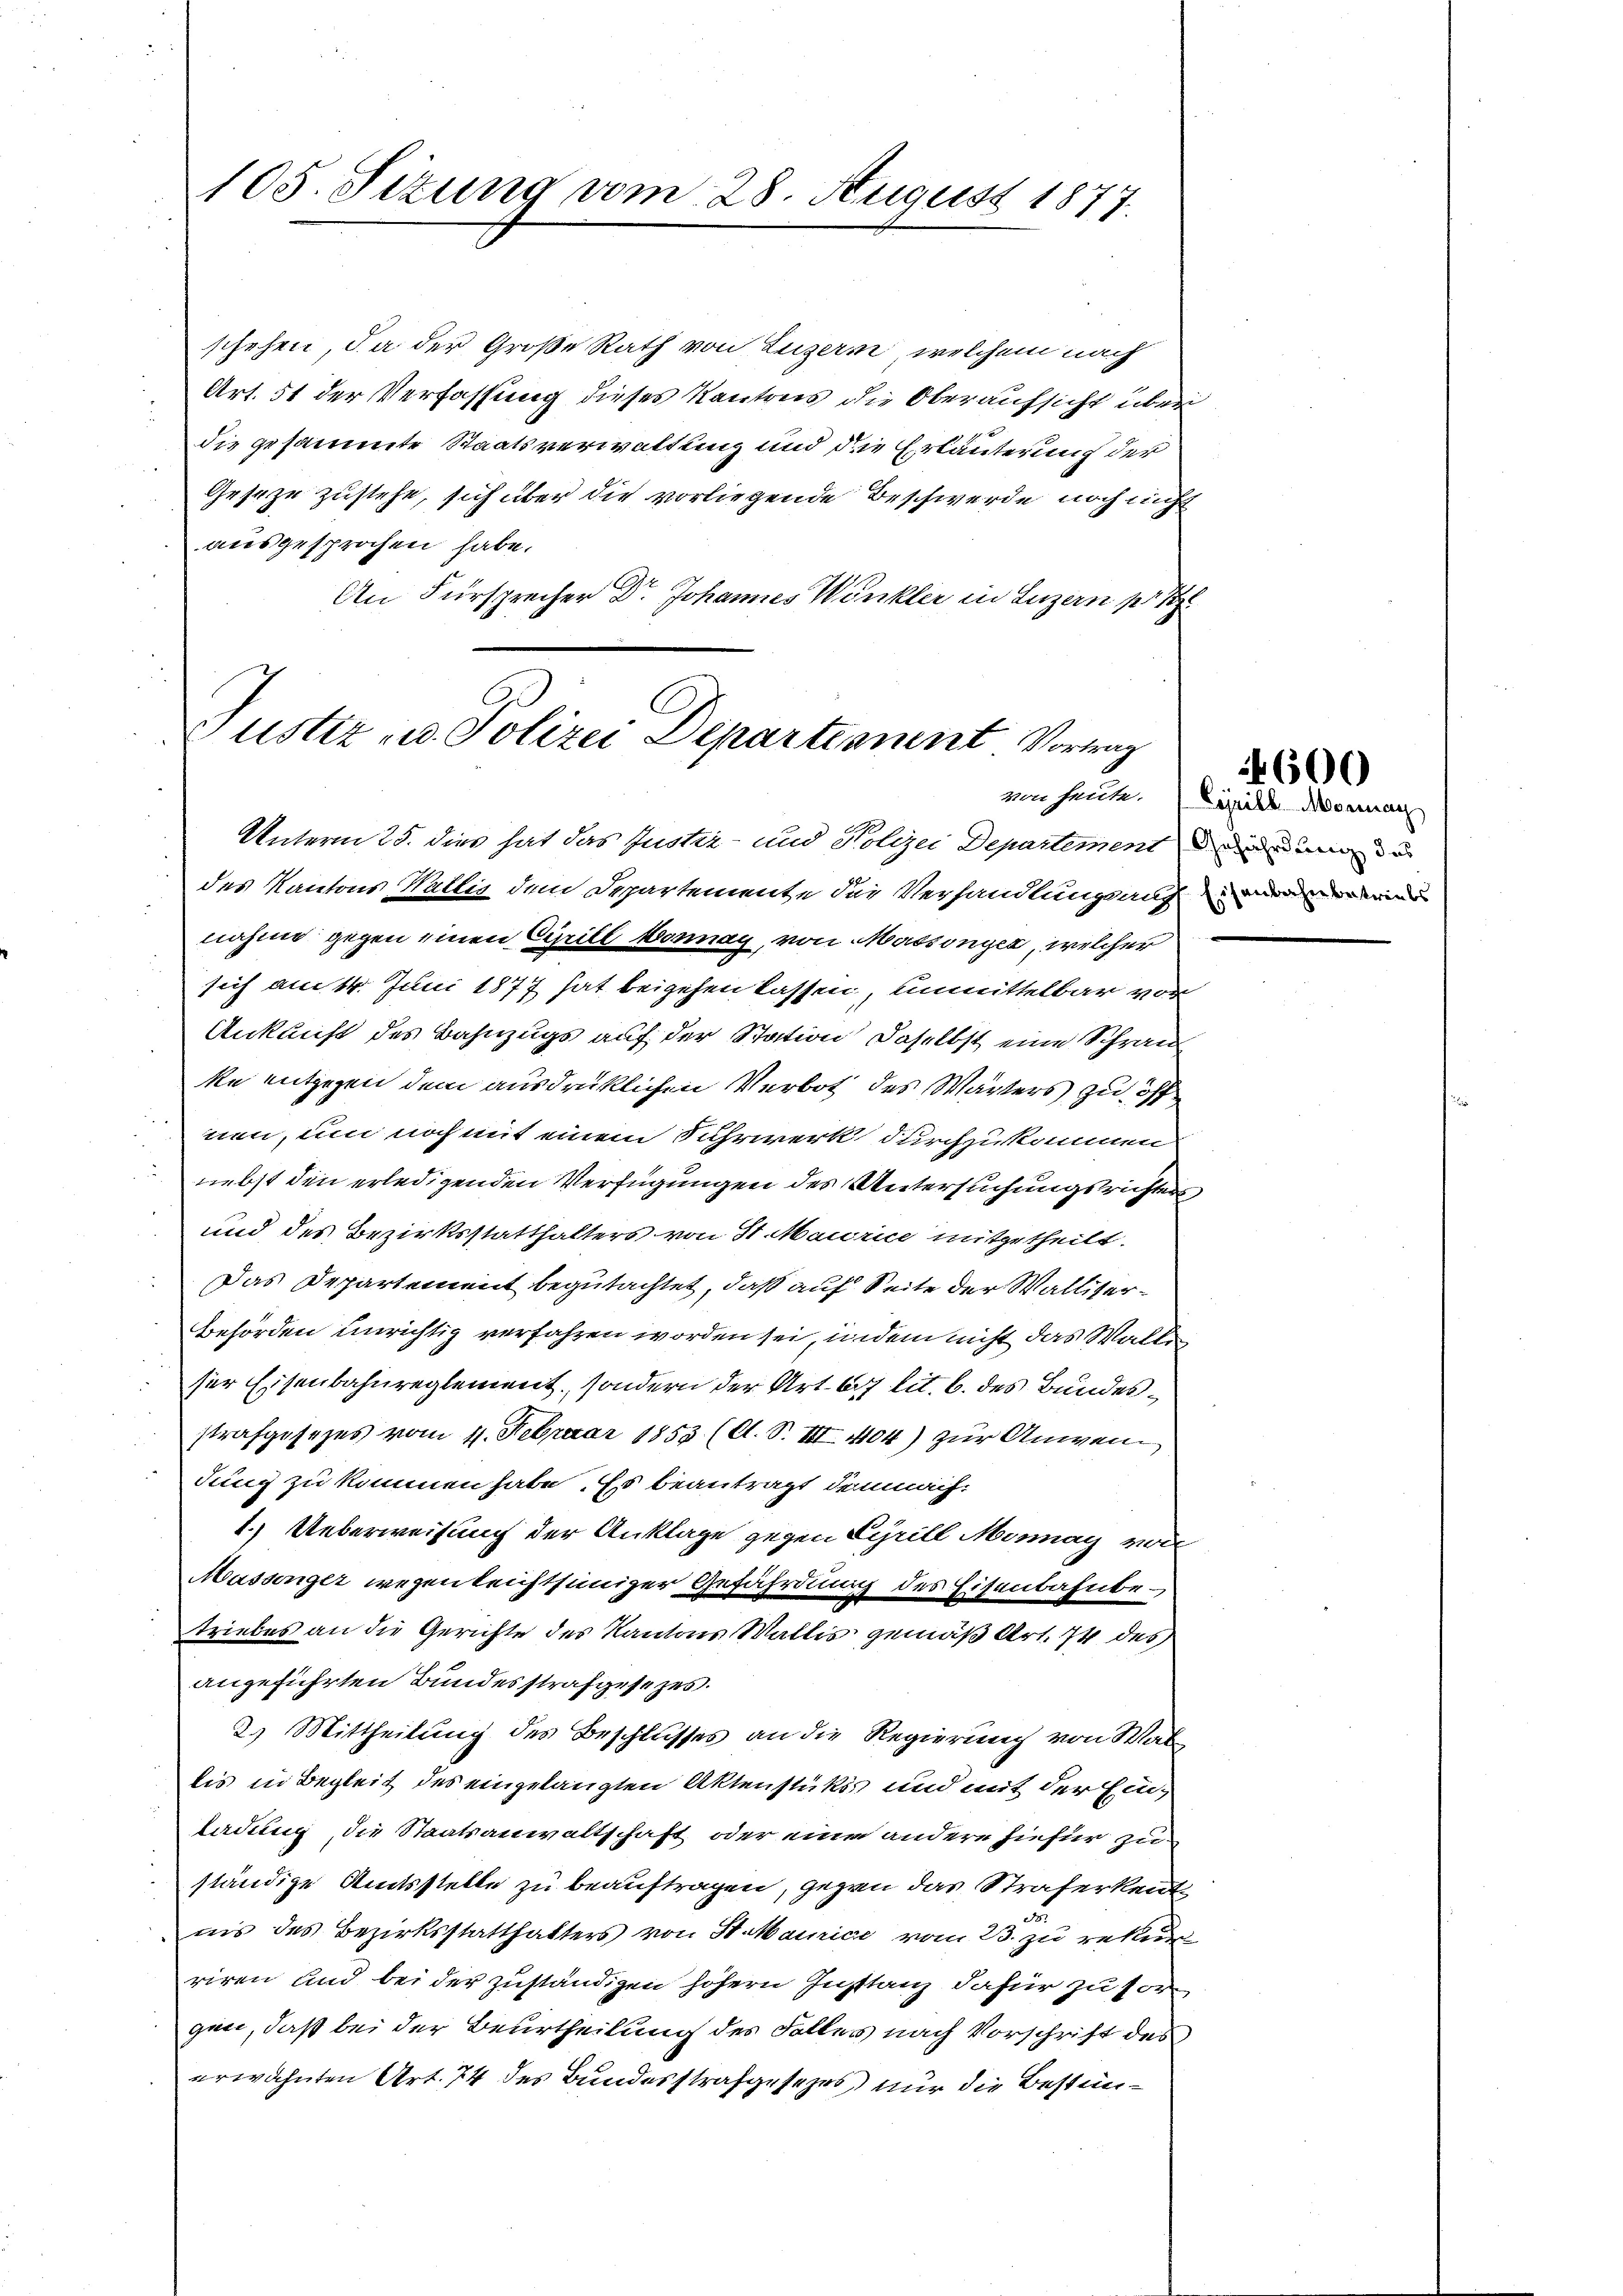
105. Sizung vom 28. August 1877.

schehen, da der Große Rath von Luzern, welchem nach
Art. 51 der Verfassung dieses Kantons die Oberaufsicht über
die gesammte Staatsverwaltung und die Erläuterung der
Geseze zustehe, sich über die vorliegende Beschwerde noch nicht
ausgesprochen habe.
An Fürsprecher Dr. Johannes Winkler in Luzern pr 1

Ju
Justiz u. Polizei Departennent Vortrag
von heute.

Unterm 25. dies hat das Justiz- und Polizei Departement der ande
des Kantons Wallis dem Departemente die Verhandlungs auch den einer
nahme gegen einen Civill Wonnay, von Massonyer, welcher
sich am 14. Juni 1877 hat beigehen lassen, unmittelbar vor
Ankunft des Bahnzugs auf der Station daselbst eine Schran
ke entgegen dem ausdrücklichen Verbot des Wärters zu öff
nen, um noch mit einem Fuhrwerk durchzukommen
nebst den erledigenden Verfügungen des Untersuchungsrichters
und des Bezirksstatthalters von St. Maurice mitgetheilt.
Das Departement begutachtet, daß auf Seite der Walliser¬
Behörden unrichtig verfahren worden sei, indem nicht das Walte
ser Eisenbahnreglement, sondern der Art. 47 lit. b. des Bundesstrafgesezes vom 4. Februar 1853 (A. S. III 404) zur Anwen
dung zu kommen habe. Es beantragt demnach
1.) Ueberweisung der Anklage gegen Cyrill Monnay von
Massenger wegenleichtsiniger Gefährdung des Eisenbahnbetriebes an die Gerichte des Kantons Wallis gemäß Art. 74 des
angeführten Bundesstrafgesezes.
2.) Mittheilung des Beschlusses an die Regierung von Wal
bis in Begleit des eingelangten Aktenstükis und mit der Einladung die Staatsanwaltschaft oder eine andere hiefür zu
ständige Amtsstelle zu beauftragen, gegen das Straferkentnis des Bezirksstatthalters von St. Mairice vom 23. zu rekurr
riren und bei der zuständigen höhern Instanz dafür zu sorgen, daß bei der Beurtheilung des Falles nach Vorschrift des
erwähnten Art. 74 des Bundesstrafgesetzes nur die Bestim¬

Lijeill Mornach

4600